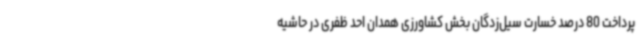
پرداخت 80 درصد خسارت سیل‌زدگان بخش کشاورزی همدان احد ظفری در حاشیه